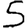
Digit: 5